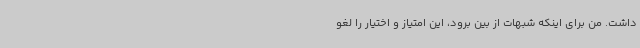
داشت. من برای اینکه شبهات از بین برود، این امتیاز و اختیار را لغو